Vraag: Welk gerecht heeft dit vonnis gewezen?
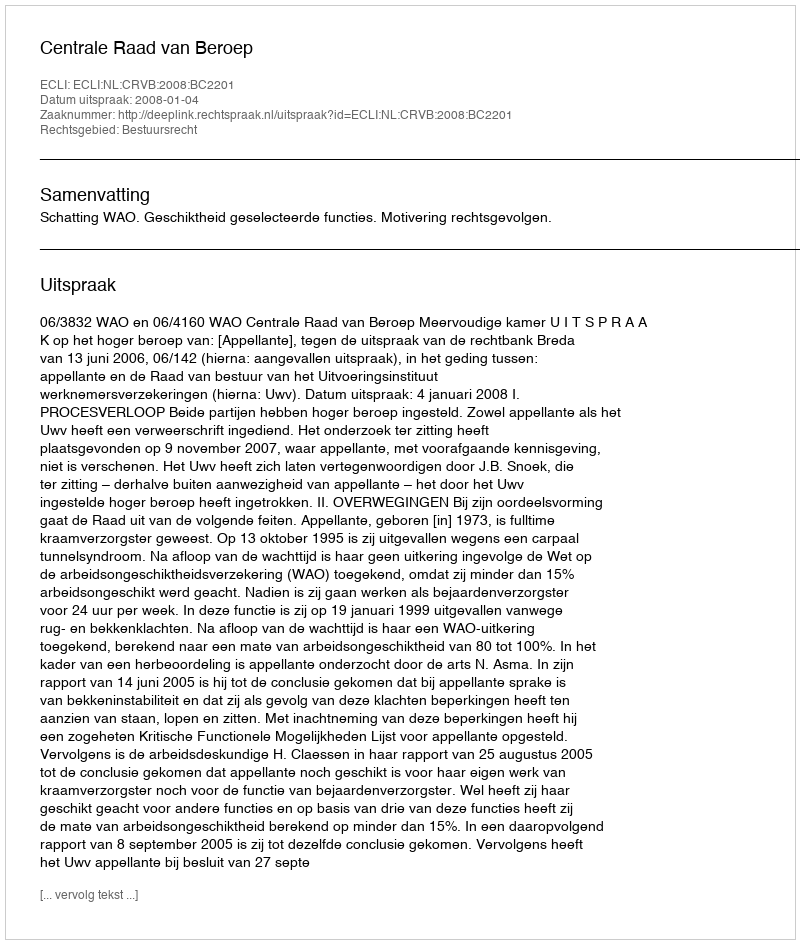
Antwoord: Centrale Raad van Beroep